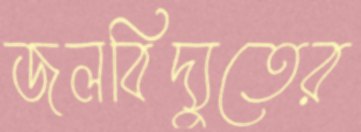
জলবিদ্যুতের